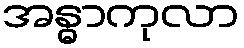
အန္ဓာကုလာ